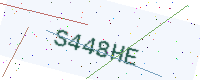
Text: S448HE